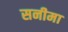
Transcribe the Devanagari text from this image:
सनीमा